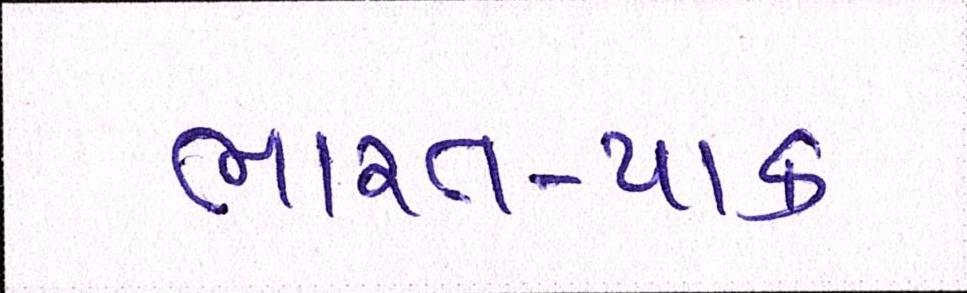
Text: ભારત-પાક